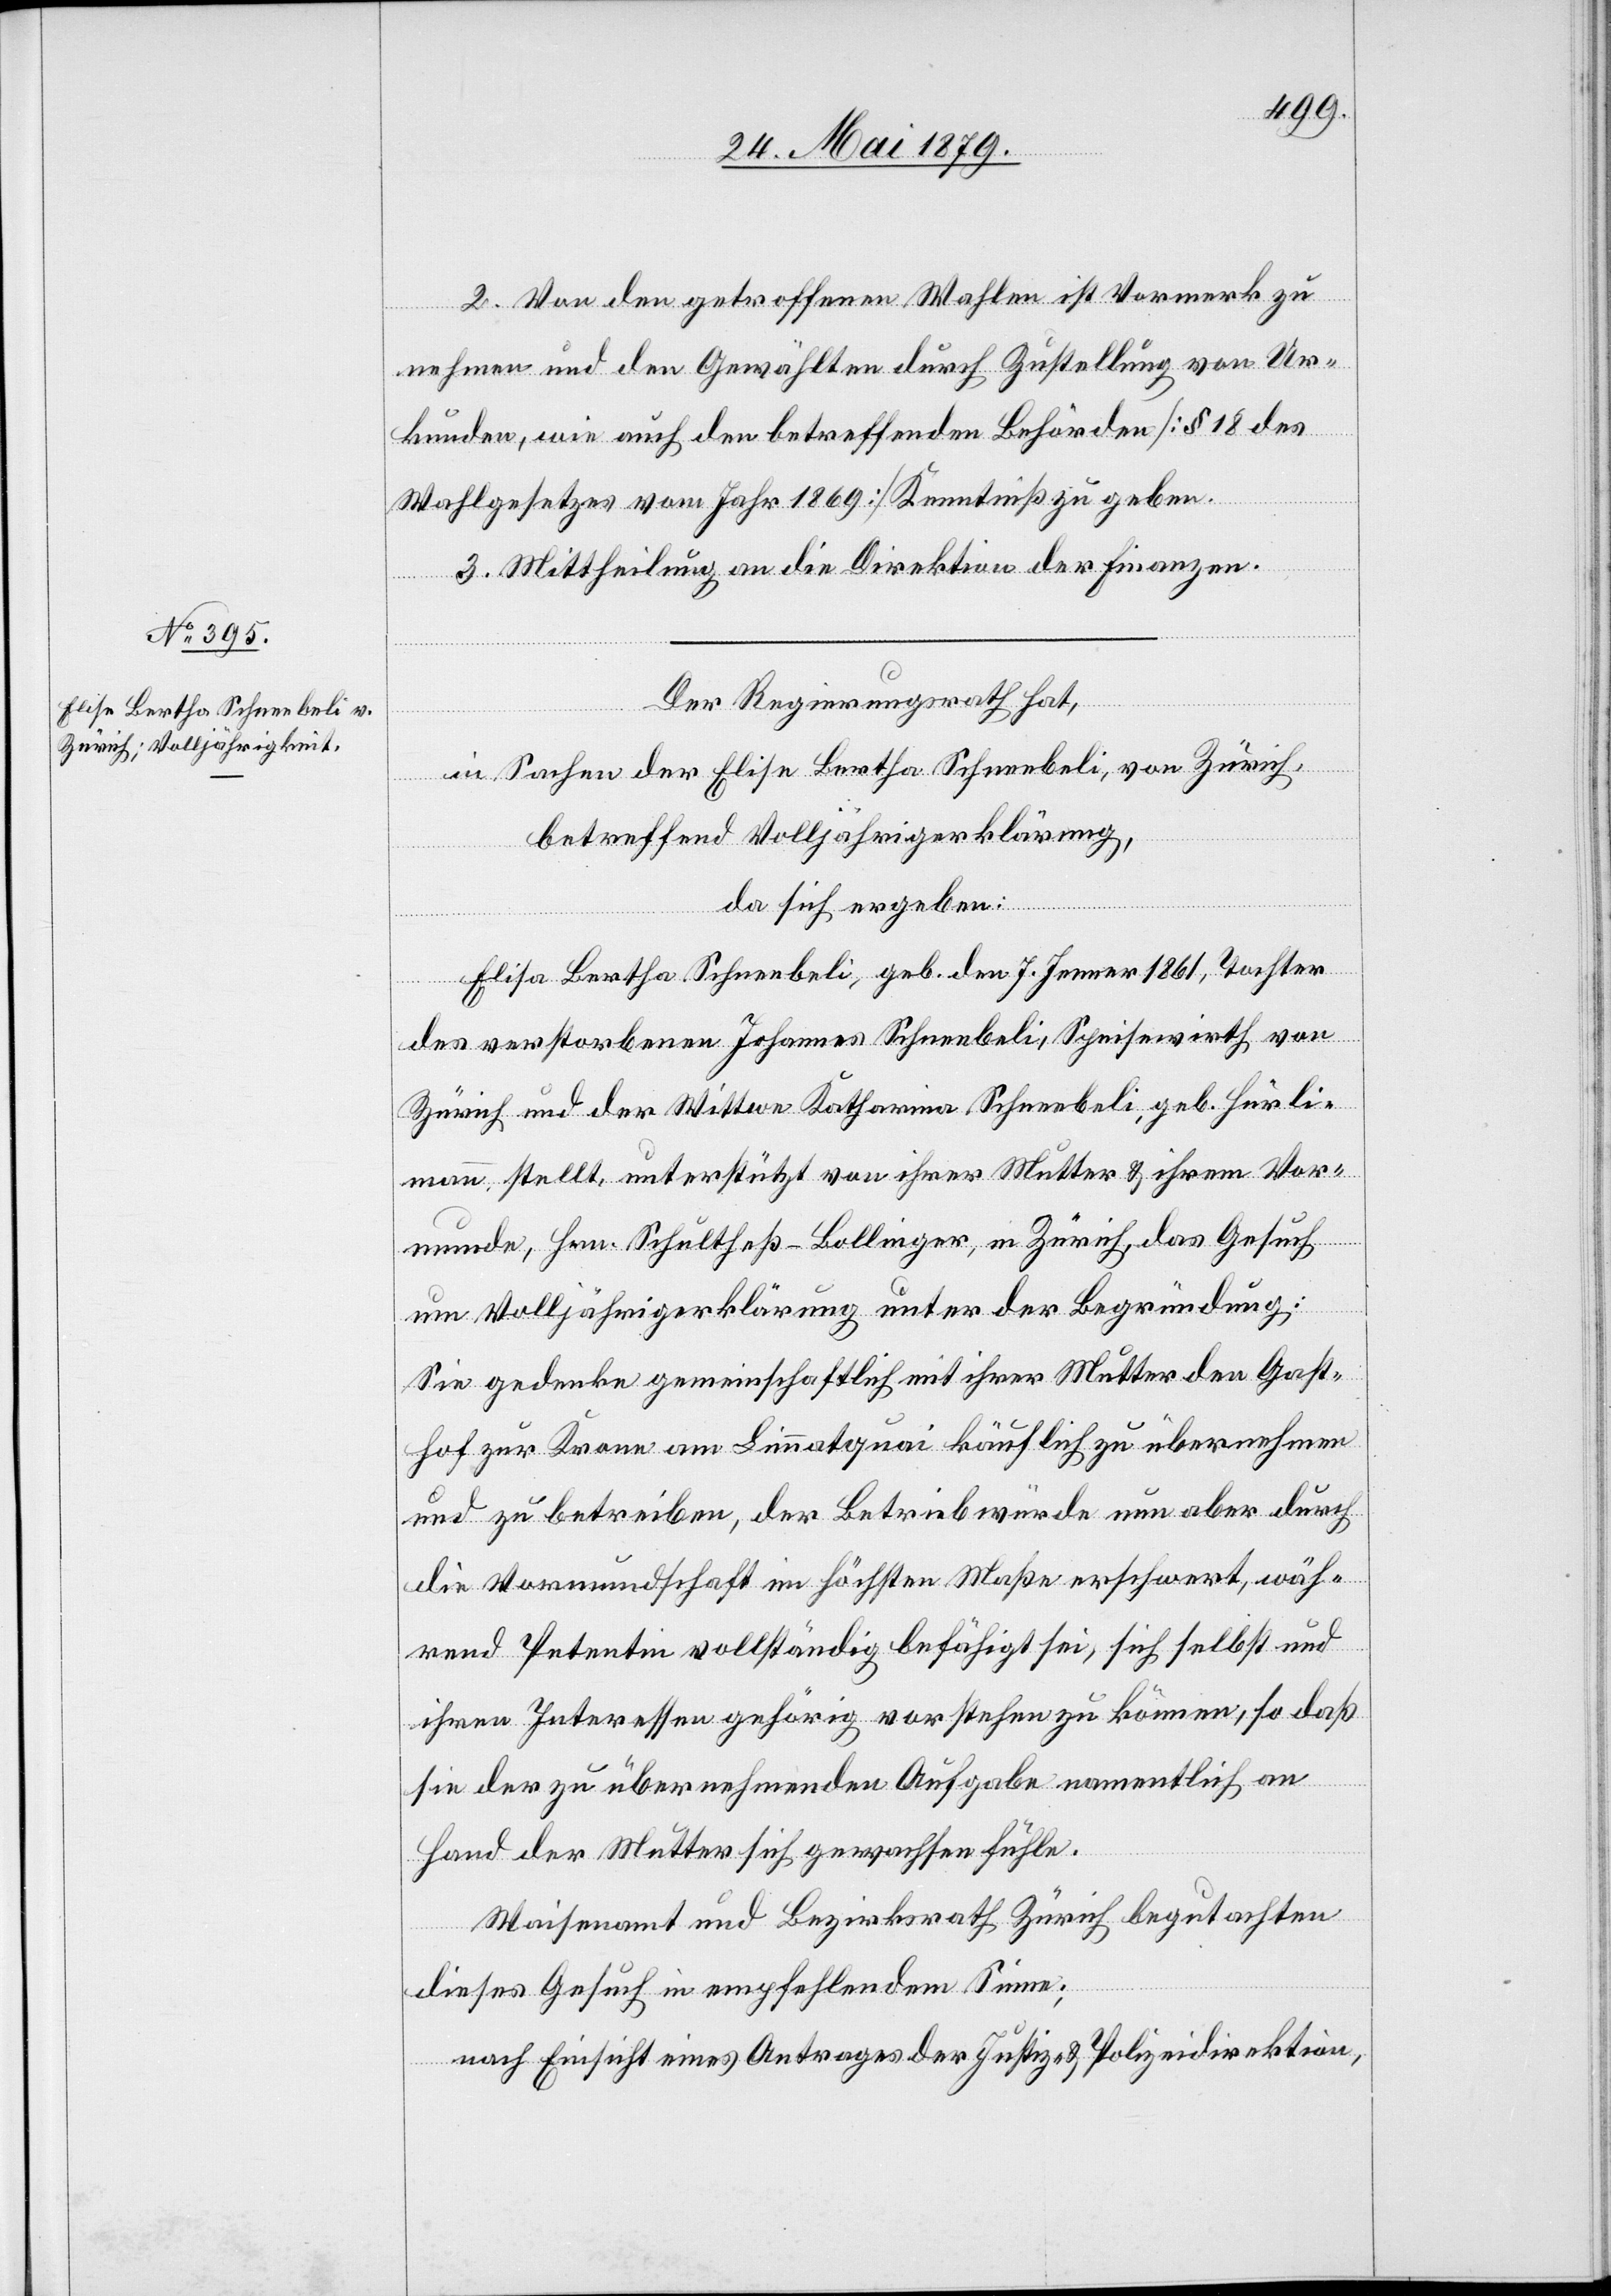
2. Von den getroffenen Wahlen ist Vormerk zu
nehmen und den Gewählten durch Zustellung von Ur¬
kunden, wie auch den betreffenden Behörden [§ 18 des
Wahlgesetzes vom Jahr 1869] Kenntniß zu geben.
3. Mittheilung an die Direktion der Finanzen.
Der Regierungsrath hat,
in Sachen der Elise Bertha Schneebeli, von Zürich,
betreffend Volljährigerklärung,
da sich ergeben:
[sic!] Bertha Schneebeli, geb. den 7. Jenner 1861, Tochter
des verstorbenen Johannes Schneebeli, Speisewirth von
Zürich und der Wittwe Katharina Schneebeli, geb. Hürli¬
mann stellt, unterstützt von ihrer Mutter & ihrem Vor¬
munde, Hrn. Schultheß-Bollinger, in Zürich, das Gesuch
um Volljährigerklärung unter der Begründung:
Sie gedenke gemeinschaftlich mit ihrer Mutter den Gast¬
hof zur Krone am Limmatquai käuflich zu übernehmen
und zu betreiben, der Betrieb würde nun aber durch
die Vormundschaft im höchsten Maße erschwert, wäh¬
rend Petentin vollständig befähigt sei, sich selbst und
ihren Interessen gehörig vorstehen zu können, so daß
sie der zu übernehmenden Aufgabe namentlich an
Hand der Mutter sich gewachsen fühle.
Waisenamt und Bezirksrath Zürich begutachten
dieses Gesuch in empfehlendem Sinne;
nach Einsicht eines Antrages der Justiz- & Polizeidirektion,